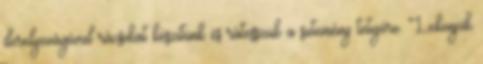
derelyevágóval rácsokat készítünk és rátesszük a sütemény tetejére. Lekenjük